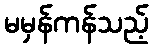
မမှန်ကန်သည့်